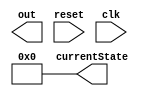
module ex2(
    output reg [7:0]   out,
	 output reg [3:0] currentState,
    input reset,
    input clk
    );

    localparam STATE_INITIAL = 0;
    localparam STATE_T00 = 1;
    localparam STATE_T01 = 2;
    localparam STATE_T02 = 3;
    localparam STATE_T03 = 4;
    localparam STATE_T04 = 5;
    localparam STATE_T05 = 6;
    localparam STATE_T06 = 7;
    localparam STATE_T07 = 8;
    localparam STATE_T08 = 9;
    localparam STATE_T09 = 10;
    localparam STATE_T10 = 11;
    localparam STATE_T11 = 12;
    localparam STATE_T12 = 13;
    localparam STATE_T13 = 14;
    localparam STATE_T14 = 15;

    reg [31:0]  count;
	 reg [3:0] nextState;
	 
	 initial begin
		currentState = 0;
	 end

    always @(posedge clk) begin
		//TODO tranzitia intre stari
    end

    always @(*) begin
        case (currentState)
           //TODO iesirea pe fiecare stare pregatire pentru starea urmatoare
        endcase
    end
endmodule